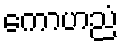
ကောဟညံ